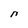
Character: n